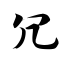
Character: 冗